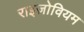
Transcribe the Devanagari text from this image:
राइज़ोवियम